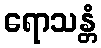
ရောသန္တံ